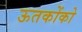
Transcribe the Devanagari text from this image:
ऊतकोंको